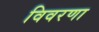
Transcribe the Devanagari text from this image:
विवरणा